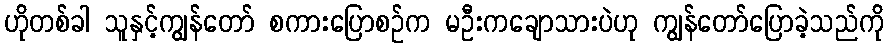
ဟိုတစ်ခါ သူနှင့်ကျွန်တော် စကားပြောစဉ်က မဦးကချောသားပဲဟု ကျွန်တော်ပြောခဲ့သည်ကို